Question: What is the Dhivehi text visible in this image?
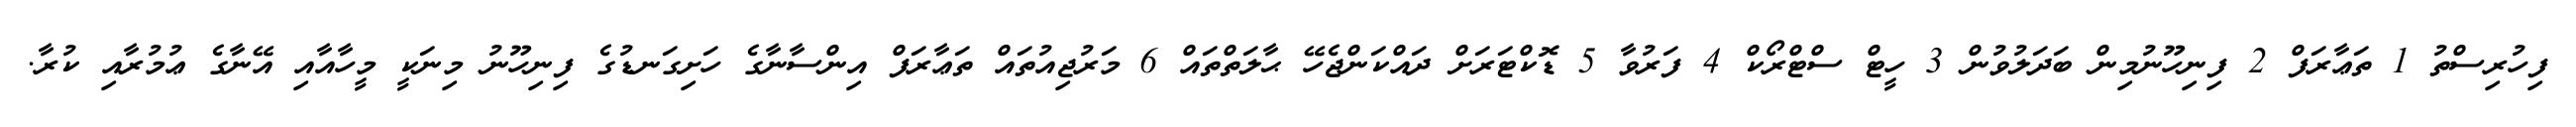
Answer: ފިހުރިސްތު 1 ތަޢާރަފް 2 ފިނިހޫނުމިން ބަދަލުވުން 3 ހީޓް ސްޓްރޯކް 4 ފަރުވާ 5 ޑޮކްޓަރަށް ދައްކަންޖެހޭ ޙާލަތްތައް 6 މަރުޖިއުތައް ތަޢާރަފް އިންސާނާގެ ހަށިގަނޑުގެ ފިނިހޫނު މިނަކީ މީހާއާއި އޭނާގެ ޢުމުރާއި ކުރާ.